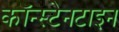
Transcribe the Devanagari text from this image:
कॉन्स्टेनटाइन